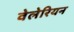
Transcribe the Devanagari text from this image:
वेलेरियन